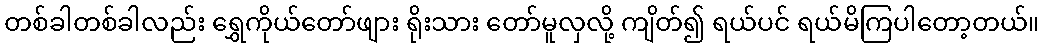
တစ်ခါတစ်ခါလည်း ရွှေကိုယ်တော်ဖျား ရိုးသား တော်မူလှလို့ ကျိတ်၍ ရယ်ပင် ရယ်မိကြပါတော့တယ်။